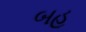
બહૂ